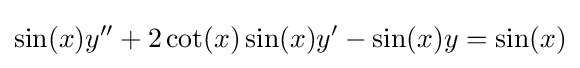
\sin(x)y''+2\cot(x)\sin(x)y'-\sin(x)y=\sin(x)